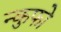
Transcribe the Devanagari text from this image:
न्कुफो